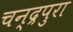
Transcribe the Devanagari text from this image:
चन्द्रपुरा